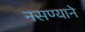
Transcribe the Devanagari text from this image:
नसण्याने